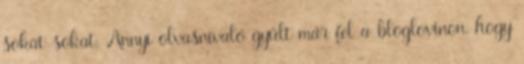
sokat-sokat. Annyi olvasnivaló gyűlt már fel a bloglovinon, hogy